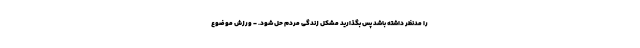
را مدنظر داشته باشد پس بگذارید مشکل زندگی مردم حل شود. - ورزش موضوع